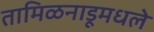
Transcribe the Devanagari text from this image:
तामिळनाडूमधले